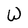
Character: W